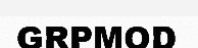
GRPMOD